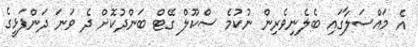
އެ މައްސަލާގައި ބެލެނިވެރިން ނުކުމެ ސްކޫލް ގޭޓް ބަންދުކޮށް ދެ ވަނަ ދަންފަޅީގެ